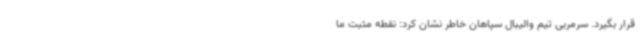
قرار بگیرد. سرمربی تیم والیبال سپاهان خاطر نشان کرد: نقطه مثبت ما